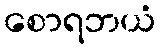
စောရဘယံ